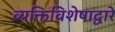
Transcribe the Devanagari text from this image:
व्यक्तिविशेषाद्वारे